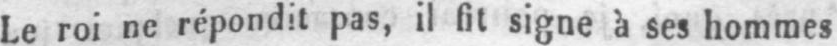
Le roi ne répondit pas, il fit signe à ses hommes